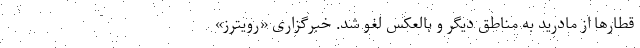
قطارها از مادرید به مناطق دیگر و بالعکس لغو شد. خبرگزاری «رویترز»